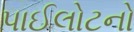
પાઈલોટનો